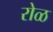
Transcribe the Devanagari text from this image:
रोळ